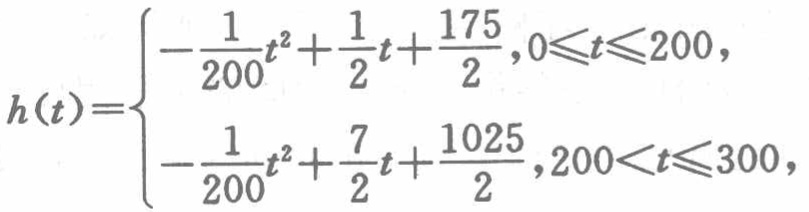
\[

h(t)=

\begin{cases}

-\dfrac{1}{200}t^{2}+\dfrac{1}{2}t+\dfrac{175}{2},&0\leqslant t\leqslant 200,\\

-\dfrac{1}{200}t^{2}+\dfrac{7}{2}t+\dfrac{1025}{2},&200<t\leqslant 300,

\end{cases}

\]